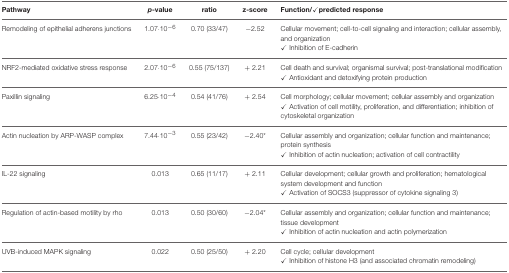
<table><thead><tr><td><b>Pathway</b></td><td><b><i>p</i>-value</b></td><td><b>ratio</b></td><td><b>z-score</b></td><td><b>Function ✓ predicted response</b></td></tr></thead><tbody><tr><td>Remodeling of epithelial adherens junctions</td><td>1.07·10<sup>−6</sup></td><td>0.70 (33/47)</td><td>−2.52</td><td>Cellular movement; cell-to-cell signaling and interaction; cellular assembly, and organization ✓ Inhibition of E-cadherin</td></tr><tr><td>NRF2-mediated oxidative stress response</td><td>2.07·10<sup>−6</sup></td><td>0.55 (75/137)</td><td>+ 2.21</td><td>Cell death and survival; organismal survival; post-translational modification ✓ Antioxidant and detoxifying protein production</td></tr><tr><td>Paxillin signaling</td><td>6.25·10<sup>−4</sup></td><td>0.54 (41/76)</td><td>+ 2.54</td><td>Cell morphology; cellular movement; cellular assembly and organization ✓ Activation of cell motility, proliferation, and differentiation; inhibition of cytoskeletal organization</td></tr><tr><td>Actin nucleation by ARP-WASP complex</td><td>7.44·10<sup>−3</sup></td><td>0.55 (23/42)</td><td>−2.40<sup>*</sup></td><td>Cellular assembly and organization; cellular function and maintenance; protein synthesis ✓ Inhibition of actin nucleation; activation of cell contractility</td></tr><tr><td>IL-22 signaling</td><td>0.013</td><td>0.65 (11/17)</td><td>+ 2.11</td><td>Cellular development; cellular growth and proliferation; hematological system development and function ✓ Activation of SOCS3 (suppressor of cytokine signaling 3)</td></tr><tr><td>Regulation of actin-based motility by rho</td><td>0.013</td><td>0.50 (30/60)</td><td>−2.04<sup>*</sup></td><td>Cellular assembly and organization; cellular function and maintenance; tissue development ✓ Inhibition of actin nucleation and actin polymerization</td></tr><tr><td>UVB-induced MAPK signaling</td><td>0.022</td><td>0.50 (25/50)</td><td>+ 2.20</td><td>Cell cycle; cellular development ✓ Inhibition of histone H3 (and associated chromatin remodeling)</td></tr></tbody></table>